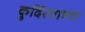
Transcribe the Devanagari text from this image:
कुर्दिस्तानचा